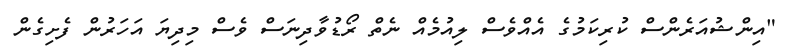
"އިންޝުއަރެންސް ކުރިކަމުގެ އެއްވެސް ލިއުމެއް ނެތް ރޯޑުވާދިނަސް ވެސް މިދިޔަ އަހަރުން ފެށިގެން